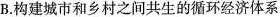
B.构建城市和乡村之间共生的循环经济体系